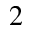
_ { 2 }